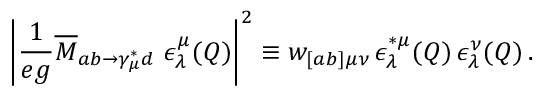
\left| \frac { 1 } { e g } \overline { { { M } } } _ { a b \rightarrow \gamma _ { \mu } ^ { * } d } \ \epsilon _ { \lambda } ^ { \mu } ( Q ) \right| ^ { 2 } \equiv w _ { [ a b ] \mu \nu } \, \epsilon _ { \lambda } ^ { * \mu } ( Q ) \, \epsilon _ { \lambda } ^ { \nu } ( Q ) \, .